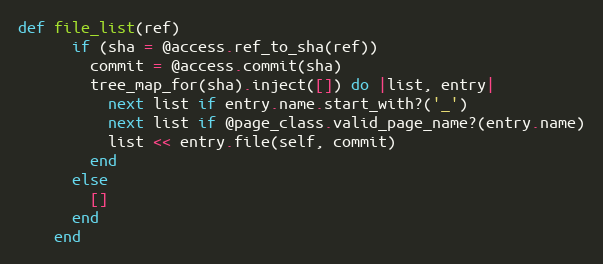
Language: Ruby
def file_list(ref)
      if (sha = @access.ref_to_sha(ref))
        commit = @access.commit(sha)
        tree_map_for(sha).inject([]) do |list, entry|
          next list if entry.name.start_with?('_')
          next list if @page_class.valid_page_name?(entry.name)
          list << entry.file(self, commit)
        end
      else
        []
      end
    end